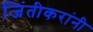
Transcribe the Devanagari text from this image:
जिंतीकरांनी